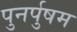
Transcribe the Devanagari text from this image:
पुनर्पुषम